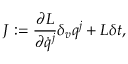
{ J } : = \frac { \partial { L } } { \partial \dot { q } ^ { j } } \delta _ { v } q ^ { j } + { L } \delta t ,